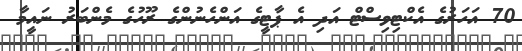
70 އަހަރުގެ އެކްޓިވިސްޓް އަދި އެ ޕާޓީގެ އަންހެނުންގެ ރޫހުގެ މެންބަރު ނައީމާ